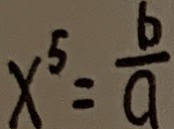
x ^ { 5 } = \frac { b } { a }